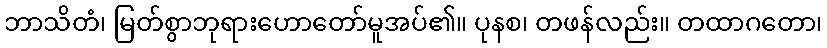
ဘာသိတံ၊ မြတ်စွာဘုရားဟောတော်မူအပ်၏။ ပုနစ၊ တဖန်လည်း။ တထာဂတော၊